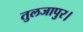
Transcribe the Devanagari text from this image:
तुलजापुर।